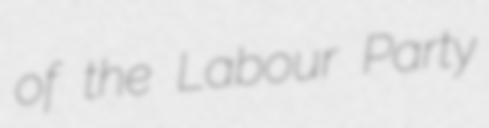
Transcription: of the Labour Party